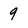
Character: g